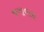
જગાવતા